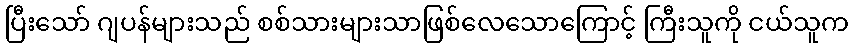
ပြီးသော် ဂျပန်များသည် စစ်သားများသာဖြစ်လေသောကြောင့် ကြီးသူကို ငယ်သူက